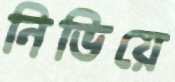
নিভিয়ে